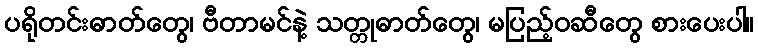
ပရိုတင်းဓာတ်တွေ၊ ဗီတာမင်နဲ့ သတ္တုဓာတ်တွေ၊ မပြည့်ဝဆီတွေ စားပေးပါ။